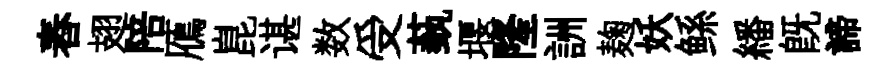
舂翅陪鴈崑谌数受蓺堰隆詶麹妖鲧繙既諦